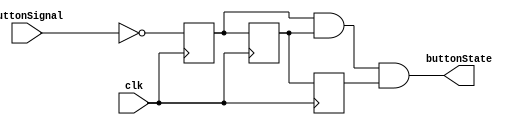
/* Module that debounces active low button signal */
module buttonDebounce(
    output buttonState, // Debounced signal
    input buttonSignal, // Raw button signal
    input clk // Clock for synchronization
);
    // Delay registers
    reg delay0;
    reg delay1;
    reg delay2;
    
    /* Use non-blocking assignment to synchronize the registers in 3 clock
       cycles */
    always@(posedge clk) begin
        delay0 <= ~buttonSignal;
        delay1 <= delay0;
        delay2 <= delay1;
    end
    
    // If all three are equal, then the button is assumed to not be bouncing
    assign buttonState = delay0 & delay1 & delay2;
endmodule